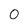
Character: 0